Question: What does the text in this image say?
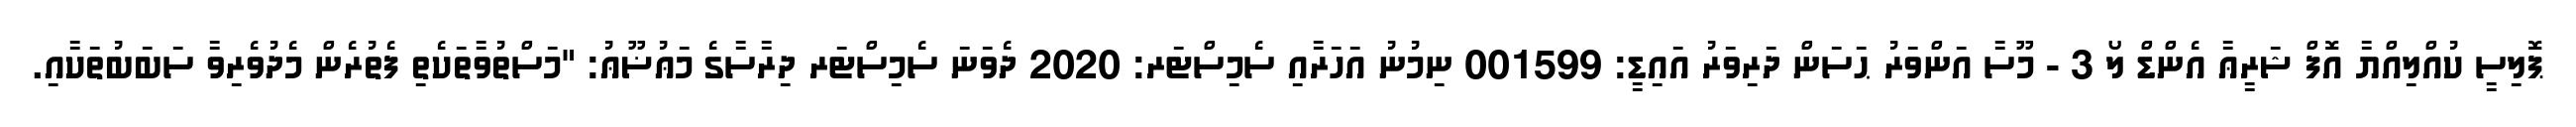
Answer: ޕޮލިސީ ކުއްލިއްޔާ އޮފް ޝަރީޢާ އެންޑް ލޯ 3 - މޫސާ އަންވަރު ޙަސަން ދަރިވަރު އައިޑީ: 001599 ނިމުނު އަހަރާއި ސެމިސްޓަރ: 2020 ދެވަނަ ސެމިސްޓަރ ދިރާސާގެ މަޢުޟޫޢު: "މަސްތުވާތަކެތި ފެތުރެން މެދުވެރިވާ ސަބަބުތަކާއި.